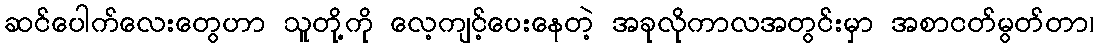
ဆင်ပေါက်လေးတွေဟာ သူတို့ကို လေ့ကျင့်ပေးနေတဲ့ အခုလိုကာလအတွင်းမှာ အစာငတ်မွတ်တာ၊